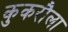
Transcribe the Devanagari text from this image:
कुकरौला